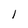
Character: 1